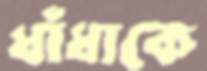
ধাঁধাকে